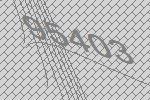
95403